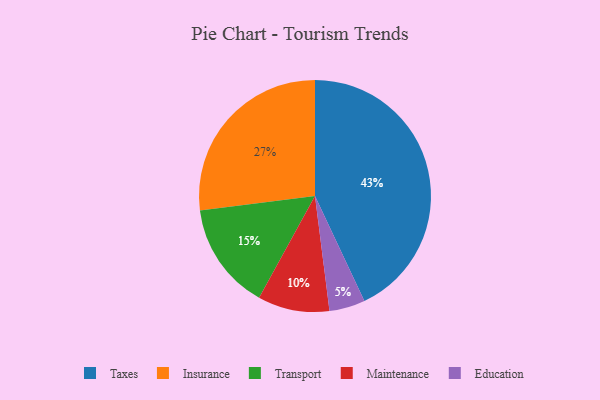
{"axis": {"x": "Category", "y": "Percentage"}, "legend": ["Education", "Insurance", "Maintenance", "Taxes", "Transport"], "data": [{"x": "Insurance", "y": 27, "type": "Insurance"}, {"x": "Taxes", "y": 43, "type": "Taxes"}, {"x": "Education", "y": 5, "type": "Education"}, {"x": "Maintenance", "y": 10, "type": "Maintenance"}, {"x": "Transport", "y": 15, "type": "Transport"}]}